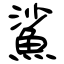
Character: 鯊